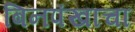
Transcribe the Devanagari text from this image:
बिनपंखाचा